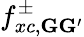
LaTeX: f_{xc,\mathbf{G}\mathbf{G}^{\prime}}^{\pm}